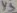
Text: Y5